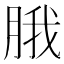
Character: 𬚾